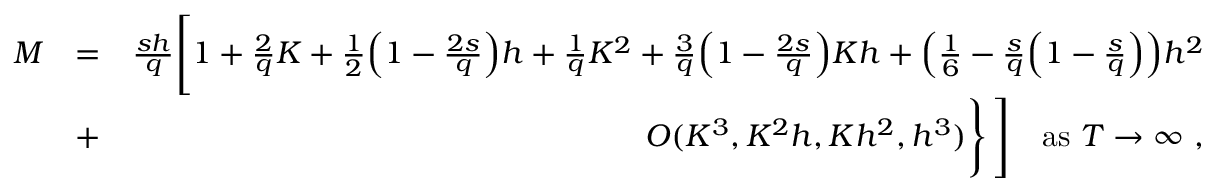
\begin{array} { r l r } { { \cal M } } & { = } & { \frac { s h } { q } \Bigg [ 1 + \frac { 2 } { q } K + \frac { 1 } { 2 } \Big ( 1 - \frac { 2 s } { q } \Big ) h + \frac { 1 } { q } K ^ { 2 } + \frac { 3 } { q } \Big ( 1 - \frac { 2 s } { q } \Big ) K h + \Big ( \frac { 1 } { 6 } - \frac { s } { q } \Big ( 1 - \frac { s } { q } \Big ) \Big ) h ^ { 2 } } \\ & { + } & { O ( K ^ { 3 } , K ^ { 2 } h , K h ^ { 2 } , h ^ { 3 } ) \Bigg \} \, \Bigg ] \quad \mathrm { a s } \ T \to \infty \ , } \end{array}